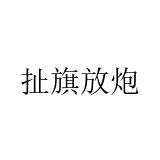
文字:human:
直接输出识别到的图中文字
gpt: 扯旗放炮